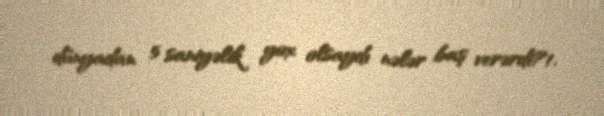
dünyadan 5 saniyəlik yox olsaydı nələr baş verərdi?1.